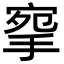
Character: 𢮘